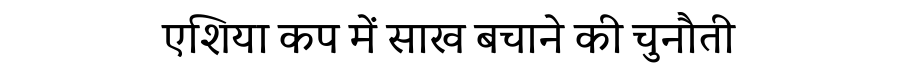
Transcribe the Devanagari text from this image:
एशिया कप में साख बचाने की चुनौती